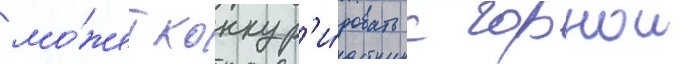
мо́жет конкур'и́ровать с горнои